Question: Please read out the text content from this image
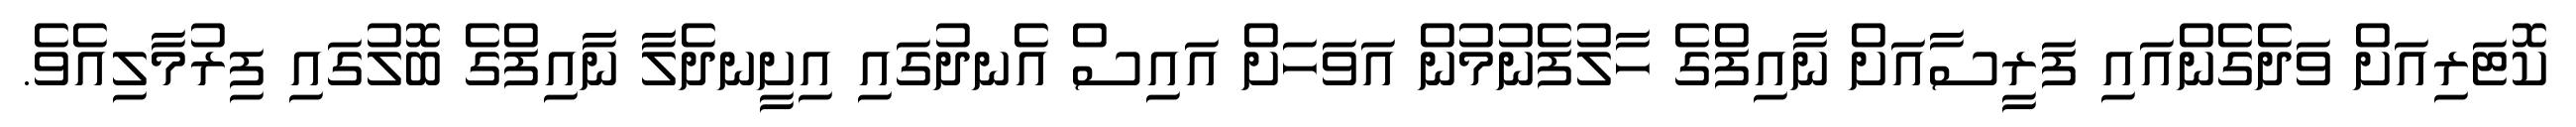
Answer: ކޮޓަރިއަށް ވަދެގެންއައި ފަރީސާއަށް ނާއިފްގެ ހާލުފެނުމުން އަވަހަށް އައިސް އެނދުގައި އިށީނދެލާ ނާއިފްގެ ބޮލުގައި ފިރުމާލިއެވެ.